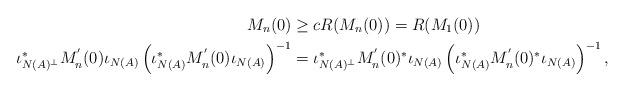
LaTeX: \begin{align*}M_{n}(0) & \geq cR(M_{n}(0))=R(M_{1}(0))\\\iota_{N(A)^\bot}^\ast M_{n}^{'}(0)\iota_{N(A)}\left(\iota_{N(A)}^\ast M_{n}^{'}(0)\iota_{N(A)}\right)^{-1} & =\iota_{N(A)^\bot}^\ast M_{n}^{'}(0)^{*}\iota_{N(A)}\left(\iota_{N(A)}^\ast M_{n}^{'}(0)^{*}\iota_{N(A)}\right)^{-1},\end{align*}